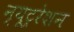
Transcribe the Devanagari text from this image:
न्यूट्ररेशन